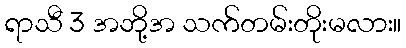
ရာသီ 3 အဘို့အ သက်တမ်းတိုးမလား။